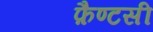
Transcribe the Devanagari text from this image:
फ़ैण्टसी